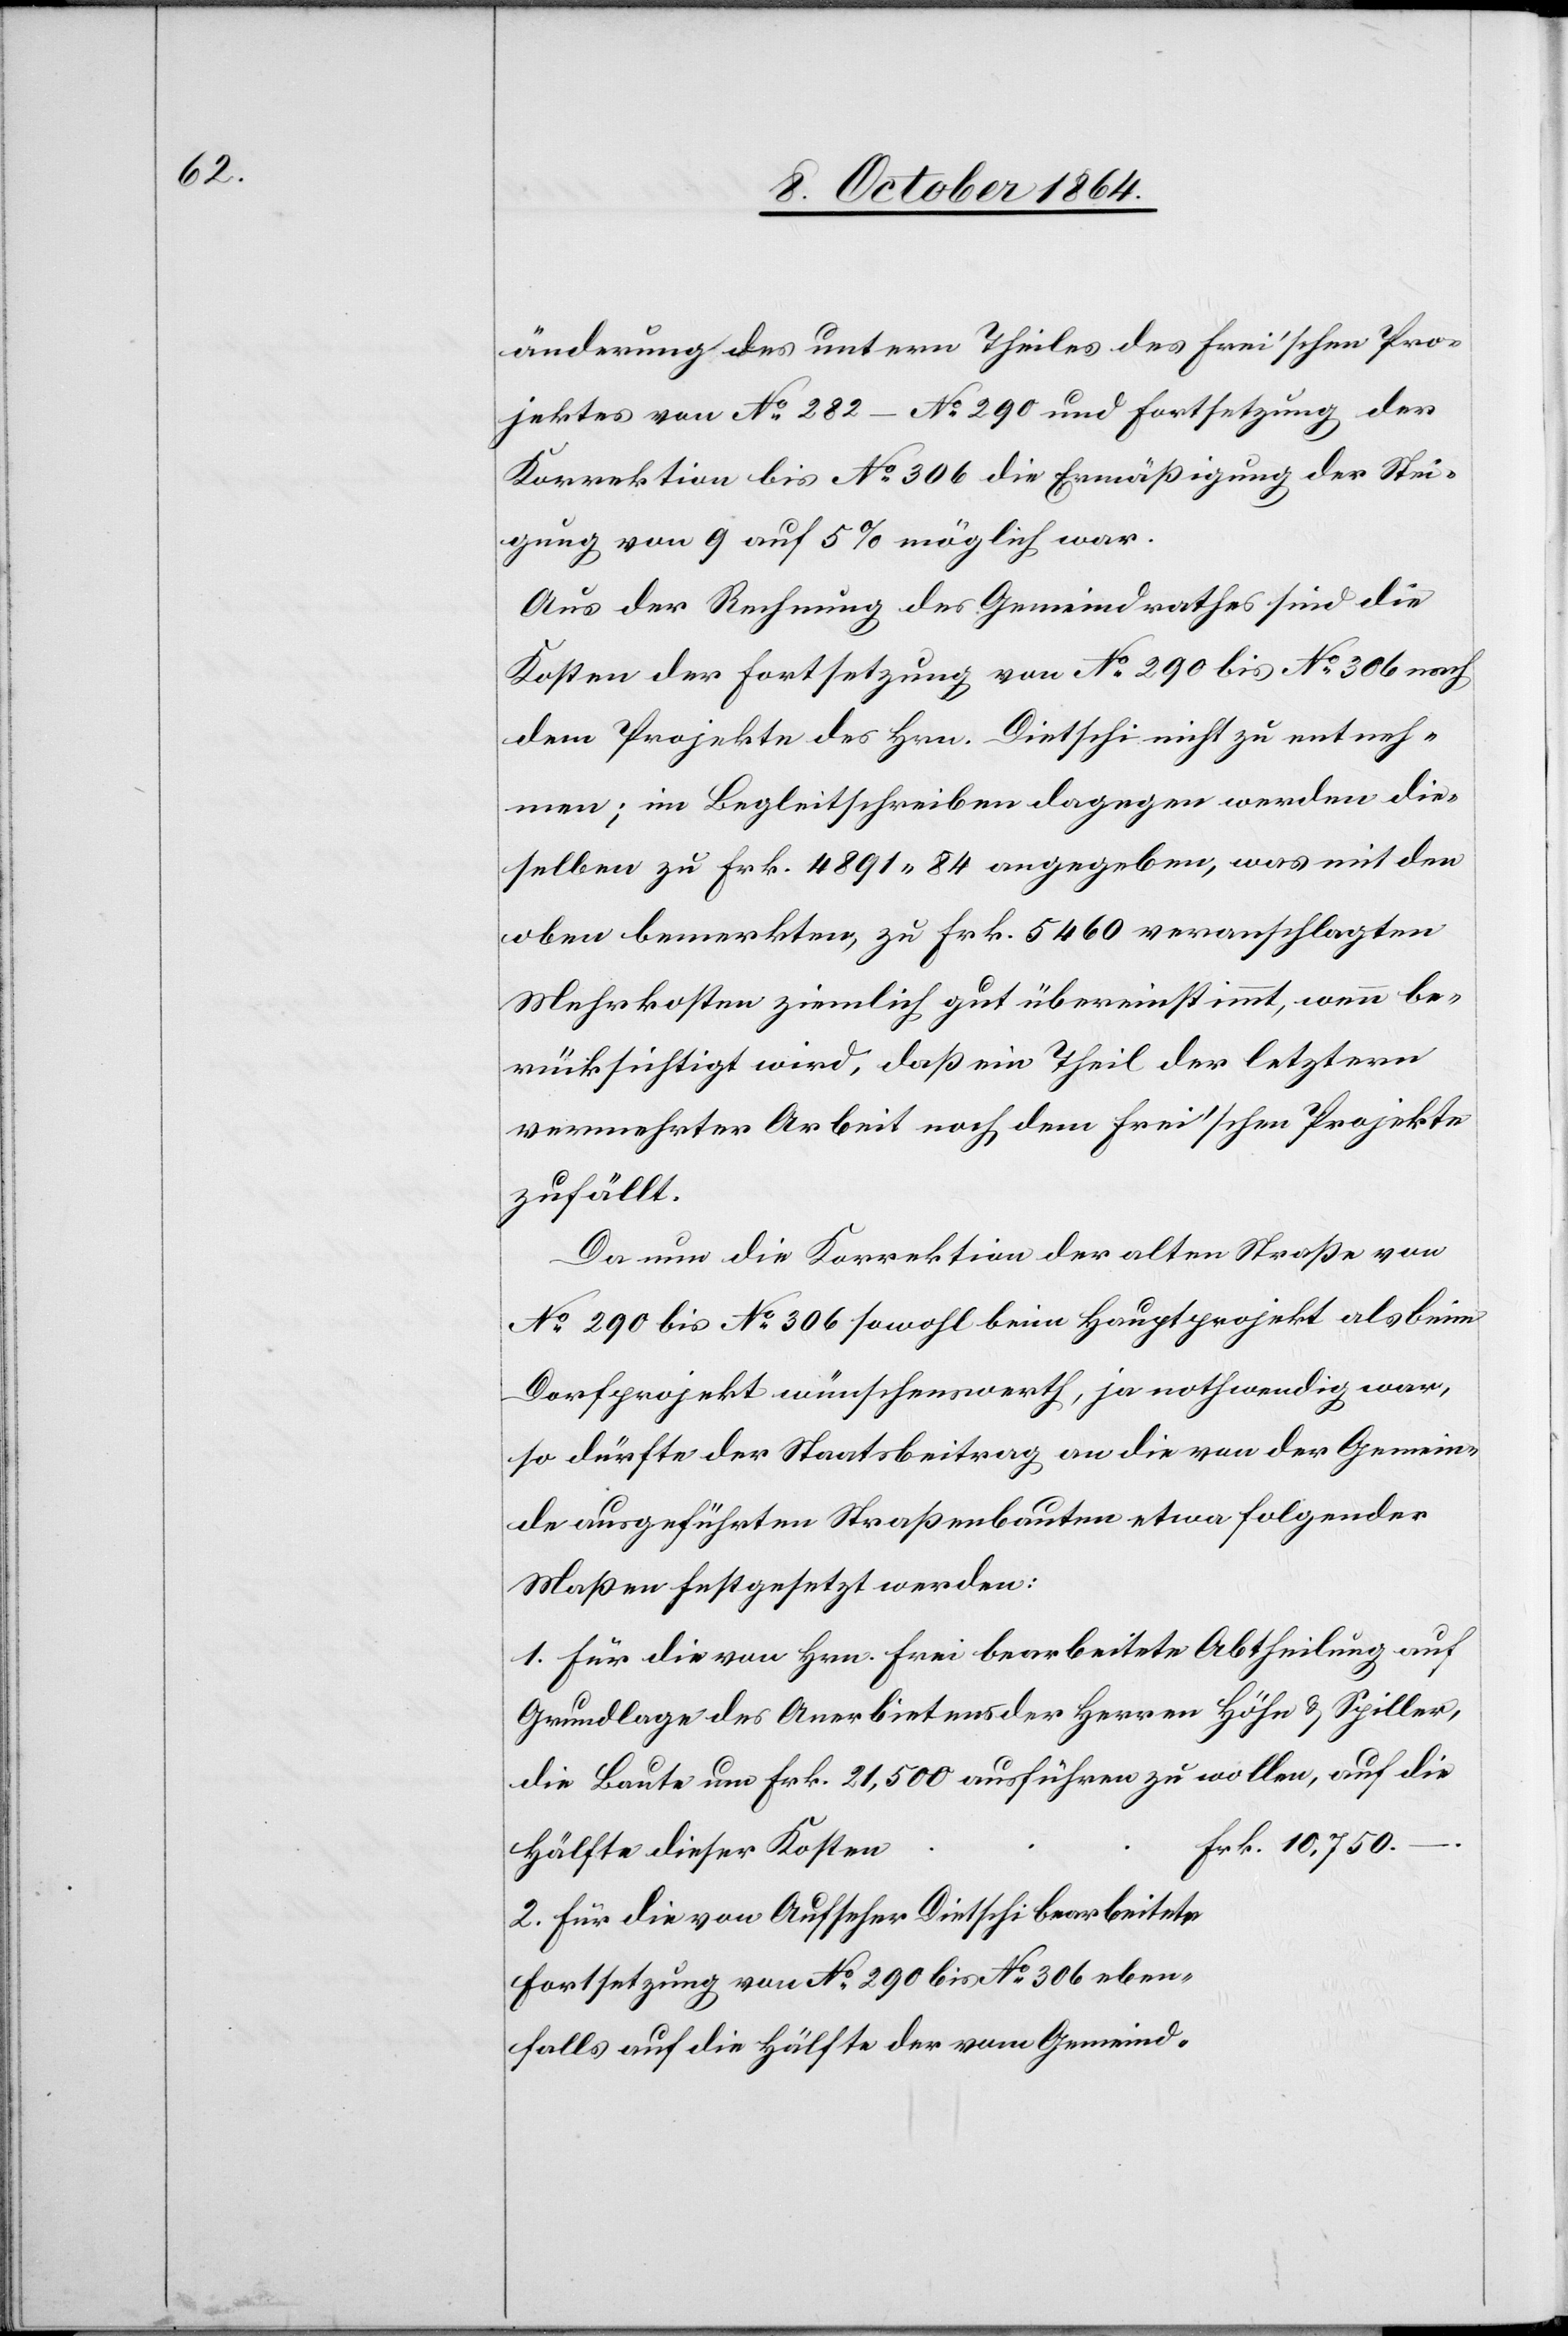
änderung des untern Theiles des Frei’schen Pro¬
jektes von No 282–No 290 und Fortsetzung der
Korrektion bis No 306 die Ermäßigung der Stei¬
gung von 9 auf 5% möglich war.
Aus der Rechnung des Gemeindrathes sind die
Kosten der Fortsetzung von No 290 bis No 306 nach
dem Projekte des Hrn. Dietschi nicht zu entneh¬
men; im Begleitschreiben dagegen werden die¬
selben zu Frk. 4 891.84 angegeben, was mit den
oben bemerkten, zu Frk. 5 460 veranschlagten
Mehrkosten ziemlich gut übereinstimmt, wenn be¬
rücksichtigt wird, daß ein Theil der letztern
vermehrter Arbeit noch dem Frei’schen Projekte
zufällt.
Da nun die Korrektion der alten Straße von
No 290 bis No 306 sowohl beim Hauptprojekt als beim
Dorfprojekt wünschenswerth, ja nothwendig war,
so dürfte der Staatsbeitrag an die von der Gemein¬
de ausgeführten Straßenbauten etwa folgender
Maßen festgesetzt werden:
1. Für die von Hrn. Frei bearbeitete Abtheilung auf
Grundlage des Anerbietens der Herren Höhn & Spiller,
die Baute um Frk. 21,500 auszuführen zu wollen auf die
Hälfte dieser Kosten
2. Für die von Aufseher Dietschi bearbeitete
Fortsetzung von No 290 bis No 306 eben¬
falls auf die Hälfte vom Gemeind-